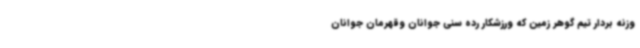
وزنه بردار تیم گوهر زمین که ورزشکار رده سنی جوانان وقهرمان جوانان